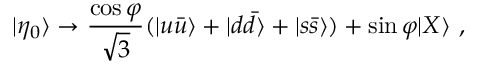
| \eta _ { 0 } \rangle \to \frac { \cos \varphi } { \sqrt { 3 } } ( | u \bar { u } \rangle + | d \bar { d } \rangle + | s \bar { s } \rangle ) + \sin \varphi | X \rangle ~ ,